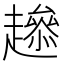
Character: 𧾋